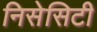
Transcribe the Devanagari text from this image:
निसेसिटी